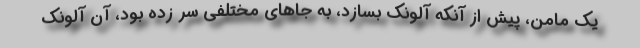
يك مامن، پيش از آنكه آلونك بسازد، به جاهاي مختلفي سر زده بود، آن آلونك